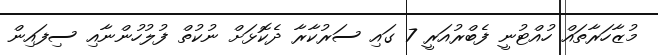
މުޒާހަރާތައް ހުއްޓުނީ ފެބްރުއަރީ 7 ގައި ސަރުކާރާ ދެކޮޅަށް ނުކުތް ފުލުހުންނާއި ސިފައިން